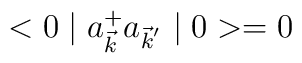
< 0 \mid a_{\vec{k}}^{+} a_{{\vec{k}}^{'}} \mid 0 > = 0